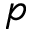
p